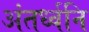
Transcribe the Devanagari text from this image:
अंतर्ध्वनि